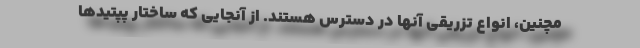
مچنین، انواع تزریقی آنها در دسترس هستند. از آنجایی که ساختار پپتیدها